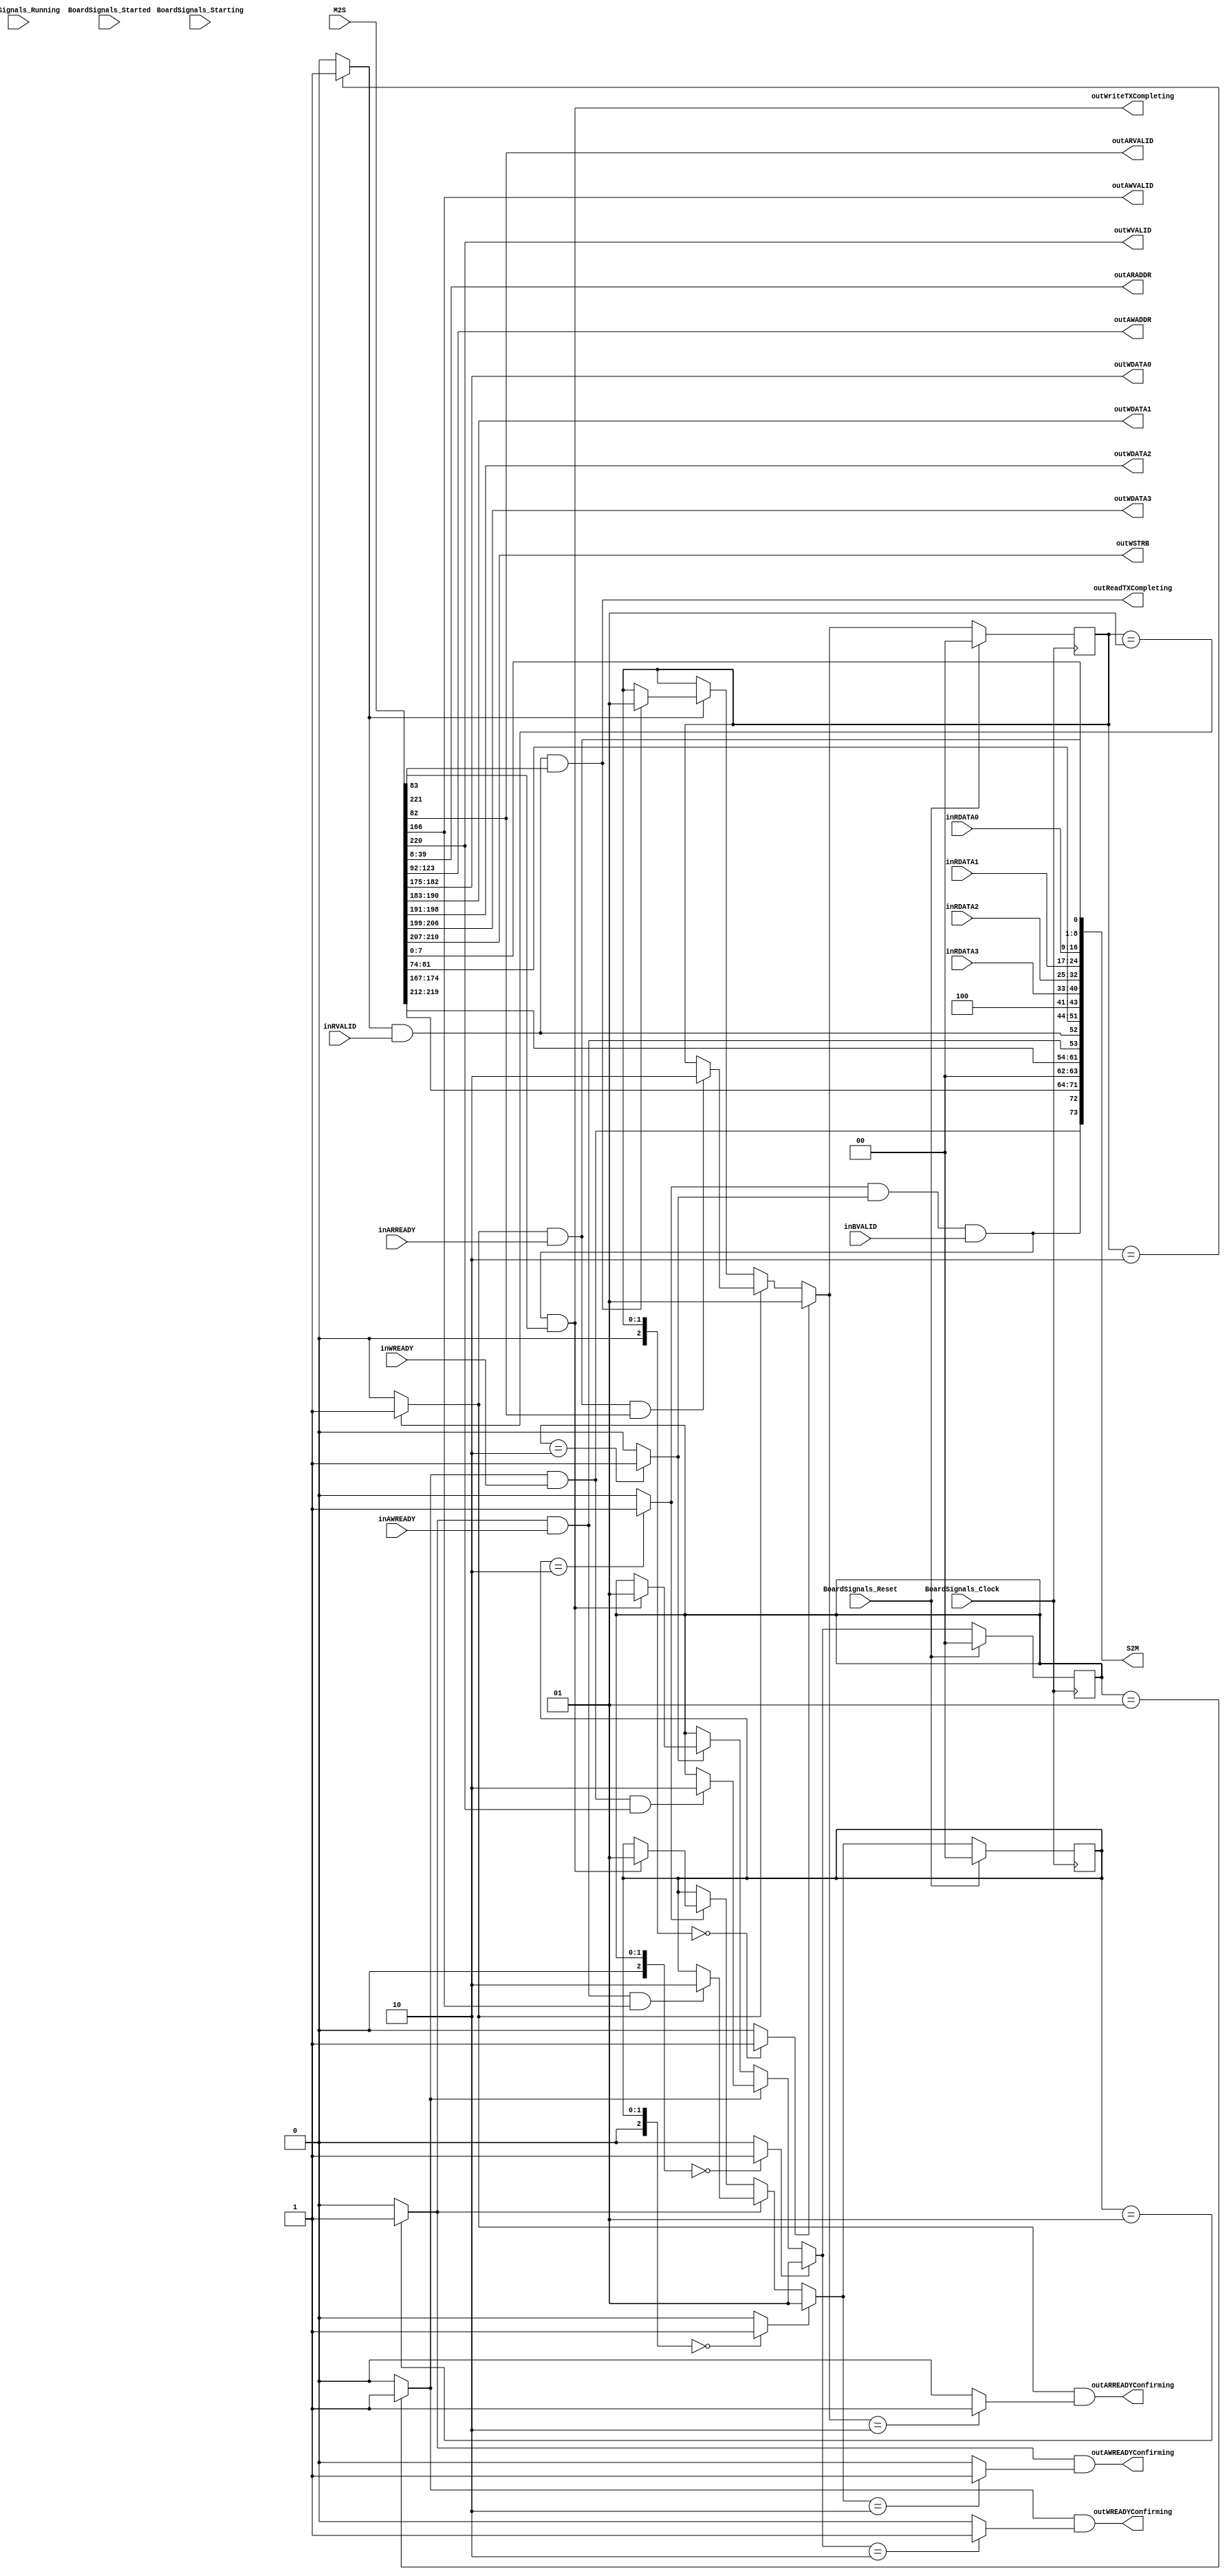
`timescale 1ns/1ps
`default_nettype none
// PLEASE READ THIS, IT MAY SAVE YOU SOME TIME AND MONEY, THANK YOU!
// * This file was generated by Quokka FPGA Toolkit.
// * Generated code is your property, do whatever you want with it
// * Place custom code between [BEGIN USER ***] and [END USER ***].
// * CAUTION: All code outside of [USER] scope is subject to regeneration.
// * Bad things happen sometimes in developer's life,
//   it is recommended to use source control management software (e.g. git, bzr etc) to keep your custom code safe'n'sound.
// * Internal structure of code is subject to change.
//   You can use some of signals in custom code, but most likely they will not exist in future (e.g. will get shorter or gone completely)
// * Please send your feedback, comments, improvement ideas etc. to evmuryshkin@gmail.com
// * Visit https://github.com/EvgenyMuryshkin/QuokkaEvaluation to access latest version of playground
//
// DISCLAIMER:
//   Code comes AS-IS, it is your responsibility to make sure it is working as expected
//   no responsibility will be taken for any loss or damage caused by use of Quokka toolkit.
//
// System configuration name is AXISoCQuadCoreModule_TopLevel_cpu1AutoDecrementRegister_axiSlave, clock frequency is 1Hz, Embedded
// FSM summary
// -- Packages
module AXISoCQuadCoreModule_TopLevel_cpu1AutoDecrementRegister_axiSlave
(
	// [BEGIN USER PORTS]
	// [END USER PORTS]
	input wire BoardSignals_Clock,
	input wire BoardSignals_Reset,
	input wire BoardSignals_Running,
	input wire BoardSignals_Starting,
	input wire BoardSignals_Started,
	input wire inARREADY,
	input wire inAWREADY,
	input wire inBVALID,
	input wire [7:0] inRDATA0,
	input wire [7:0] inRDATA1,
	input wire [7:0] inRDATA2,
	input wire [7:0] inRDATA3,
	input wire inRVALID,
	input wire inWREADY,
	input wire [221:0] M2S,
	output wire [31:0] outARADDR,
	output wire outARREADYConfirming,
	output wire outARVALID,
	output wire [31:0] outAWADDR,
	output wire outAWREADYConfirming,
	output wire outAWVALID,
	output wire outReadTXCompleting,
	output wire [7:0] outWDATA0,
	output wire [7:0] outWDATA1,
	output wire [7:0] outWDATA2,
	output wire [7:0] outWDATA3,
	output wire outWREADYConfirming,
	output wire outWriteTXCompleting,
	output wire [3:0] outWSTRB,
	output wire outWVALID,
	output wire [73:0] S2M
);
	// [BEGIN USER SIGNALS]
	// [END USER SIGNALS]
	localparam HiSignal = 1'b1;
	localparam LoSignal = 1'b0;
	wire Zero = 1'b0;
	wire One = 1'b1;
	wire true = 1'b1;
	wire false = 1'b0;
	wire [1: 0] size = 2'b10;
	wire [1: 0] AXI4NonBufferedSlaveModule_L86F50T70_Expr = 2'b01;
	wire [1: 0] AXI4NonBufferedSlaveModule_L90F53T74_Expr = 2'b01;
	wire [1: 0] AXI4NonBufferedSlaveModule_L92F52T72_Expr = 2'b10;
	wire [1: 0] AXI4NonBufferedSlaveModule_L92F95T115_Expr = 2'b10;
	wire [1: 0] AXI4NonBufferedSlaveModule_L87F49T68_Expr = 2'b10;
	wire [1: 0] AXI4NonBufferedSlaveModule_L91F51T72_Expr = 2'b01;
	wire [1: 0] AXI4NonBufferedSlaveModule_L114F9L161T10_AXI4NonBufferedSlaveModule_L117F13L130T14_AXI4NonBufferedSlaveModule_L119F22T43_Expr = 2'b00;
	wire [1: 0] AXI4NonBufferedSlaveModule_L114F9L161T10_AXI4NonBufferedSlaveModule_L117F13L130T14_AXI4NonBufferedSlaveModule_L120F41T61_Expr = 2'b01;
	wire [1: 0] AXI4NonBufferedSlaveModule_L114F9L161T10_AXI4NonBufferedSlaveModule_L117F13L130T14_AXI4NonBufferedSlaveModule_L122F22T42_Expr = 2'b01;
	wire [1: 0] AXI4NonBufferedSlaveModule_L114F9L161T10_AXI4NonBufferedSlaveModule_L117F13L130T14_AXI4NonBufferedSlaveModule_L124F45T64_Expr = 2'b10;
	wire [1: 0] AXI4NonBufferedSlaveModule_L114F9L161T10_AXI4NonBufferedSlaveModule_L117F13L130T14_AXI4NonBufferedSlaveModule_L126F22T41_Expr = 2'b10;
	wire [1: 0] AXI4NonBufferedSlaveModule_L114F9L161T10_AXI4NonBufferedSlaveModule_L117F13L130T14_AXI4NonBufferedSlaveModule_L128F45T65_Expr = 2'b01;
	wire [1: 0] AXI4NonBufferedSlaveModule_L114F9L161T10_AXI4NonBufferedSlaveModule_L132F13L145T14_AXI4NonBufferedSlaveModule_L134F22T44_Expr = 2'b00;
	wire [1: 0] AXI4NonBufferedSlaveModule_L114F9L161T10_AXI4NonBufferedSlaveModule_L132F13L145T14_AXI4NonBufferedSlaveModule_L135F44T65_Expr = 2'b01;
	wire [1: 0] AXI4NonBufferedSlaveModule_L114F9L161T10_AXI4NonBufferedSlaveModule_L132F13L145T14_AXI4NonBufferedSlaveModule_L137F22T43_Expr = 2'b01;
	wire [1: 0] AXI4NonBufferedSlaveModule_L114F9L161T10_AXI4NonBufferedSlaveModule_L132F13L145T14_AXI4NonBufferedSlaveModule_L139F48T68_Expr = 2'b10;
	wire [1: 0] AXI4NonBufferedSlaveModule_L114F9L161T10_AXI4NonBufferedSlaveModule_L132F13L145T14_AXI4NonBufferedSlaveModule_L141F22T42_Expr = 2'b10;
	wire [1: 0] AXI4NonBufferedSlaveModule_L114F9L161T10_AXI4NonBufferedSlaveModule_L132F13L145T14_AXI4NonBufferedSlaveModule_L143F48T69_Expr = 2'b01;
	wire [1: 0] AXI4NonBufferedSlaveModule_L114F9L161T10_AXI4NonBufferedSlaveModule_L147F13L160T14_AXI4NonBufferedSlaveModule_L149F22T44_Expr = 2'b00;
	wire [1: 0] AXI4NonBufferedSlaveModule_L114F9L161T10_AXI4NonBufferedSlaveModule_L147F13L160T14_AXI4NonBufferedSlaveModule_L150F43T64_Expr = 2'b01;
	wire [1: 0] AXI4NonBufferedSlaveModule_L114F9L161T10_AXI4NonBufferedSlaveModule_L147F13L160T14_AXI4NonBufferedSlaveModule_L152F22T43_Expr = 2'b01;
	wire [1: 0] AXI4NonBufferedSlaveModule_L114F9L161T10_AXI4NonBufferedSlaveModule_L147F13L160T14_AXI4NonBufferedSlaveModule_L154F47T67_Expr = 2'b10;
	wire [1: 0] AXI4NonBufferedSlaveModule_L114F9L161T10_AXI4NonBufferedSlaveModule_L147F13L160T14_AXI4NonBufferedSlaveModule_L156F22T42_Expr = 2'b10;
	wire [1: 0] AXI4NonBufferedSlaveModule_L114F9L161T10_AXI4NonBufferedSlaveModule_L147F13L160T14_AXI4NonBufferedSlaveModule_L158F47T68_Expr = 2'b01;
	wire [1: 0] AXI4NonBufferedSlaveModule_L99F62T82_Expr = 2'b01;
	wire [1: 0] AXI4NonBufferedSlaveModule_L99F107T126_Expr = 2'b10;
	wire [1: 0] AXI4NonBufferedSlaveModule_L104F65T86_Expr = 2'b01;
	wire [1: 0] AXI4NonBufferedSlaveModule_L104F114T134_Expr = 2'b10;
	wire [1: 0] AXI4NonBufferedSlaveModule_L108F63T84_Expr = 2'b01;
	wire [1: 0] AXI4NonBufferedSlaveModule_L108F111T131_Expr = 2'b10;
	wire [1: 0] AXI4NonBufferedSlaveModule_L59F29T41_Expr = 2'b00;
	wire AXI4_S_R_L26F29T33_Expr = 1'b1;
	wire [1: 0] AXI4NonBufferedSlaveModule_L75F29T41_Expr = 2'b00;
	wire Inputs_inARREADY;
	wire Inputs_inAWREADY;
	wire Inputs_inBVALID;
	wire Inputs_inRVALID;
	wire Inputs_inWREADY;
	wire [7: 0] Inputs_M2S_R_AR_ARID;
	wire [31: 0] Inputs_M2S_R_AR_ARADDR;
	wire [7: 0] Inputs_M2S_R_AR_ARLEN;
	wire [2: 0] Inputs_M2S_R_AR_ARSIZE;
	wire [1: 0] Inputs_M2S_R_AR_ARBURST;
	wire [1: 0] Inputs_M2S_R_AR_ARLOCK;
	wire [3: 0] Inputs_M2S_R_AR_ARCACHE;
	wire [2: 0] Inputs_M2S_R_AR_ARPROT;
	wire [3: 0] Inputs_M2S_R_AR_ARQOS;
	wire [7: 0] Inputs_M2S_R_AR_ARREGION;
	wire [7: 0] Inputs_M2S_R_AR_ARUSER;
	wire Inputs_M2S_R_AR_ARVALID;
	wire Inputs_M2S_R_R_RREADY;
	wire [7: 0] Inputs_M2S_W_AW_AWID;
	wire [31: 0] Inputs_M2S_W_AW_AWADDR;
	wire [7: 0] Inputs_M2S_W_AW_AWLEN;
	wire [2: 0] Inputs_M2S_W_AW_AWSIZE;
	wire [1: 0] Inputs_M2S_W_AW_AWBURST;
	wire [1: 0] Inputs_M2S_W_AW_AWLOCK;
	wire [3: 0] Inputs_M2S_W_AW_AWCACHE;
	wire [2: 0] Inputs_M2S_W_AW_AWPROT;
	wire [3: 0] Inputs_M2S_W_AW_AWQOS;
	wire [7: 0] Inputs_M2S_W_AW_AWREGION;
	wire [7: 0] Inputs_M2S_W_AW_AWUSER;
	wire Inputs_M2S_W_AW_AWVALID;
	wire [7: 0] Inputs_M2S_W_W_WID;
	wire [3: 0] Inputs_M2S_W_W_WSTRB;
	wire Inputs_M2S_W_W_WLAST;
	wire [7: 0] Inputs_M2S_W_W_WUSER;
	wire Inputs_M2S_W_W_WVALID;
	wire Inputs_M2S_W_B_BREADY;
	reg [1: 0] NextState_readFSM;
	reg [1: 0] NextState_writeAWFSM;
	reg [1: 0] NextState_writeWFSM;
	wire internalARREADY;
	wire internalAWREADY;
	wire internalBVALID;
	wire internalRVALID;
	wire internalWREADY;
	wire readTXCompleting;
	wire writeTXCompleting;
	reg [1: 0] State_readFSM = 2'b00;
	wire [1: 0] State_readFSMDefault = 2'b00;
	reg [1: 0] State_writeAWFSM = 2'b00;
	wire [1: 0] State_writeAWFSMDefault = 2'b00;
	reg [1: 0] State_writeWFSM = 2'b00;
	wire [1: 0] State_writeWFSMDefault = 2'b00;
	wire AXI4NonBufferedSlaveModule_L86F33T90_Expr;
	wire AXI4NonBufferedSlaveModule_L86F33T90_Expr_1;
	wire AXI4NonBufferedSlaveModule_L86F33T90_Expr_2;
	wire AXI4NonBufferedSlaveModule_L90F33T94_Expr;
	wire AXI4NonBufferedSlaveModule_L90F33T94_Expr_1;
	wire AXI4NonBufferedSlaveModule_L90F33T94_Expr_2;
	wire AXI4NonBufferedSlaveModule_L92F32T134_Expr;
	wire AXI4NonBufferedSlaveModule_L92F32T134_Expr_1;
	wire AXI4NonBufferedSlaveModule_L92F32T134_Expr_2;
	wire AXI4NonBufferedSlaveModule_L92F32T115_Expr;
	wire AXI4NonBufferedSlaveModule_L92F32T115_Expr_1;
	wire AXI4NonBufferedSlaveModule_L92F32T115_Expr_2;
	wire AXI4NonBufferedSlaveModule_L87F32T87_Expr;
	wire AXI4NonBufferedSlaveModule_L87F32T87_Expr_1;
	wire AXI4NonBufferedSlaveModule_L87F32T87_Expr_2;
	wire AXI4NonBufferedSlaveModule_L91F32T91_Expr;
	wire AXI4NonBufferedSlaveModule_L91F32T91_Expr_1;
	wire AXI4NonBufferedSlaveModule_L91F32T91_Expr_2;
	wire AXI4NonBufferedSlaveModule_L83F34T73_Expr;
	wire AXI4NonBufferedSlaveModule_L83F34T73_Expr_1;
	wire AXI4NonBufferedSlaveModule_L83F34T73_Expr_2;
	wire AXI4NonBufferedSlaveModule_L84F35T74_Expr;
	wire AXI4NonBufferedSlaveModule_L84F35T74_Expr_1;
	wire AXI4NonBufferedSlaveModule_L84F35T74_Expr_2;
	wire AXI4NonBufferedSlaveModule_L114F9L161T10_AXI4NonBufferedSlaveModule_L117F13L130T14_AXI4NonBufferedSlaveModule_L123F25T67_Expr;
	wire AXI4NonBufferedSlaveModule_L114F9L161T10_AXI4NonBufferedSlaveModule_L117F13L130T14_AXI4NonBufferedSlaveModule_L123F25T67_Expr_1;
	wire AXI4NonBufferedSlaveModule_L114F9L161T10_AXI4NonBufferedSlaveModule_L117F13L130T14_AXI4NonBufferedSlaveModule_L123F25T67_Expr_2;
	wire AXI4NonBufferedSlaveModule_L114F9L161T10_AXI4NonBufferedSlaveModule_L132F13L145T14_AXI4NonBufferedSlaveModule_L138F25T67_Expr;
	wire AXI4NonBufferedSlaveModule_L114F9L161T10_AXI4NonBufferedSlaveModule_L132F13L145T14_AXI4NonBufferedSlaveModule_L138F25T67_Expr_1;
	wire AXI4NonBufferedSlaveModule_L114F9L161T10_AXI4NonBufferedSlaveModule_L132F13L145T14_AXI4NonBufferedSlaveModule_L138F25T67_Expr_2;
	wire AXI4NonBufferedSlaveModule_L114F9L161T10_AXI4NonBufferedSlaveModule_L147F13L160T14_AXI4NonBufferedSlaveModule_L153F25T64_Expr;
	wire AXI4NonBufferedSlaveModule_L114F9L161T10_AXI4NonBufferedSlaveModule_L147F13L160T14_AXI4NonBufferedSlaveModule_L153F25T64_Expr_1;
	wire AXI4NonBufferedSlaveModule_L114F9L161T10_AXI4NonBufferedSlaveModule_L147F13L160T14_AXI4NonBufferedSlaveModule_L153F25T64_Expr_2;
	wire AXI4NonBufferedSlaveModule_L99F45T126_Expr;
	wire AXI4NonBufferedSlaveModule_L99F45T126_Expr_1;
	wire AXI4NonBufferedSlaveModule_L99F45T126_Expr_2;
	wire AXI4NonBufferedSlaveModule_L104F45T134_Expr;
	wire AXI4NonBufferedSlaveModule_L104F45T134_Expr_1;
	wire AXI4NonBufferedSlaveModule_L104F45T134_Expr_2;
	wire AXI4NonBufferedSlaveModule_L108F44T131_Expr;
	wire AXI4NonBufferedSlaveModule_L108F44T131_Expr_1;
	wire AXI4NonBufferedSlaveModule_L108F44T131_Expr_2;
	wire AXI4NonBufferedSlaveModule_L86F33T70_Expr;
	wire signed [2: 0] AXI4NonBufferedSlaveModule_L86F33T70_ExprLhs;
	wire signed [2: 0] AXI4NonBufferedSlaveModule_L86F33T70_ExprRhs;
	wire AXI4NonBufferedSlaveModule_L90F33T74_Expr;
	wire signed [2: 0] AXI4NonBufferedSlaveModule_L90F33T74_ExprLhs;
	wire signed [2: 0] AXI4NonBufferedSlaveModule_L90F33T74_ExprRhs;
	wire AXI4NonBufferedSlaveModule_L92F32T72_Expr;
	wire signed [2: 0] AXI4NonBufferedSlaveModule_L92F32T72_ExprLhs;
	wire signed [2: 0] AXI4NonBufferedSlaveModule_L92F32T72_ExprRhs;
	wire AXI4NonBufferedSlaveModule_L92F76T115_Expr;
	wire signed [2: 0] AXI4NonBufferedSlaveModule_L92F76T115_ExprLhs;
	wire signed [2: 0] AXI4NonBufferedSlaveModule_L92F76T115_ExprRhs;
	wire AXI4NonBufferedSlaveModule_L87F32T68_Expr;
	wire signed [2: 0] AXI4NonBufferedSlaveModule_L87F32T68_ExprLhs;
	wire signed [2: 0] AXI4NonBufferedSlaveModule_L87F32T68_ExprRhs;
	wire AXI4NonBufferedSlaveModule_L91F32T72_Expr;
	wire signed [2: 0] AXI4NonBufferedSlaveModule_L91F32T72_ExprLhs;
	wire signed [2: 0] AXI4NonBufferedSlaveModule_L91F32T72_ExprRhs;
	wire AXI4NonBufferedSlaveModule_L114F9L161T10_AXI4NonBufferedSlaveModule_L117F13L130T14_AXI4NonBufferedSlaveModule_L119F17L121T27_Case;
	wire signed [2: 0] AXI4NonBufferedSlaveModule_L114F9L161T10_AXI4NonBufferedSlaveModule_L117F13L130T14_AXI4NonBufferedSlaveModule_L119F17L121T27_CaseLhs;
	wire signed [2: 0] AXI4NonBufferedSlaveModule_L114F9L161T10_AXI4NonBufferedSlaveModule_L117F13L130T14_AXI4NonBufferedSlaveModule_L119F17L121T27_CaseRhs;
	wire AXI4NonBufferedSlaveModule_L114F9L161T10_AXI4NonBufferedSlaveModule_L117F13L130T14_AXI4NonBufferedSlaveModule_L122F17L125T27_Case;
	wire signed [2: 0] AXI4NonBufferedSlaveModule_L114F9L161T10_AXI4NonBufferedSlaveModule_L117F13L130T14_AXI4NonBufferedSlaveModule_L122F17L125T27_CaseLhs;
	wire signed [2: 0] AXI4NonBufferedSlaveModule_L114F9L161T10_AXI4NonBufferedSlaveModule_L117F13L130T14_AXI4NonBufferedSlaveModule_L122F17L125T27_CaseRhs;
	wire AXI4NonBufferedSlaveModule_L114F9L161T10_AXI4NonBufferedSlaveModule_L117F13L130T14_AXI4NonBufferedSlaveModule_L126F17L129T27_Case;
	wire signed [2: 0] AXI4NonBufferedSlaveModule_L114F9L161T10_AXI4NonBufferedSlaveModule_L117F13L130T14_AXI4NonBufferedSlaveModule_L126F17L129T27_CaseLhs;
	wire signed [2: 0] AXI4NonBufferedSlaveModule_L114F9L161T10_AXI4NonBufferedSlaveModule_L117F13L130T14_AXI4NonBufferedSlaveModule_L126F17L129T27_CaseRhs;
	wire AXI4NonBufferedSlaveModule_L114F9L161T10_AXI4NonBufferedSlaveModule_L132F13L145T14_AXI4NonBufferedSlaveModule_L134F17L136T27_Case;
	wire signed [2: 0] AXI4NonBufferedSlaveModule_L114F9L161T10_AXI4NonBufferedSlaveModule_L132F13L145T14_AXI4NonBufferedSlaveModule_L134F17L136T27_CaseLhs;
	wire signed [2: 0] AXI4NonBufferedSlaveModule_L114F9L161T10_AXI4NonBufferedSlaveModule_L132F13L145T14_AXI4NonBufferedSlaveModule_L134F17L136T27_CaseRhs;
	wire AXI4NonBufferedSlaveModule_L114F9L161T10_AXI4NonBufferedSlaveModule_L132F13L145T14_AXI4NonBufferedSlaveModule_L137F17L140T27_Case;
	wire signed [2: 0] AXI4NonBufferedSlaveModule_L114F9L161T10_AXI4NonBufferedSlaveModule_L132F13L145T14_AXI4NonBufferedSlaveModule_L137F17L140T27_CaseLhs;
	wire signed [2: 0] AXI4NonBufferedSlaveModule_L114F9L161T10_AXI4NonBufferedSlaveModule_L132F13L145T14_AXI4NonBufferedSlaveModule_L137F17L140T27_CaseRhs;
	wire AXI4NonBufferedSlaveModule_L114F9L161T10_AXI4NonBufferedSlaveModule_L132F13L145T14_AXI4NonBufferedSlaveModule_L141F17L144T27_Case;
	wire signed [2: 0] AXI4NonBufferedSlaveModule_L114F9L161T10_AXI4NonBufferedSlaveModule_L132F13L145T14_AXI4NonBufferedSlaveModule_L141F17L144T27_CaseLhs;
	wire signed [2: 0] AXI4NonBufferedSlaveModule_L114F9L161T10_AXI4NonBufferedSlaveModule_L132F13L145T14_AXI4NonBufferedSlaveModule_L141F17L144T27_CaseRhs;
	wire AXI4NonBufferedSlaveModule_L114F9L161T10_AXI4NonBufferedSlaveModule_L147F13L160T14_AXI4NonBufferedSlaveModule_L149F17L151T27_Case;
	wire signed [2: 0] AXI4NonBufferedSlaveModule_L114F9L161T10_AXI4NonBufferedSlaveModule_L147F13L160T14_AXI4NonBufferedSlaveModule_L149F17L151T27_CaseLhs;
	wire signed [2: 0] AXI4NonBufferedSlaveModule_L114F9L161T10_AXI4NonBufferedSlaveModule_L147F13L160T14_AXI4NonBufferedSlaveModule_L149F17L151T27_CaseRhs;
	wire AXI4NonBufferedSlaveModule_L114F9L161T10_AXI4NonBufferedSlaveModule_L147F13L160T14_AXI4NonBufferedSlaveModule_L152F17L155T27_Case;
	wire signed [2: 0] AXI4NonBufferedSlaveModule_L114F9L161T10_AXI4NonBufferedSlaveModule_L147F13L160T14_AXI4NonBufferedSlaveModule_L152F17L155T27_CaseLhs;
	wire signed [2: 0] AXI4NonBufferedSlaveModule_L114F9L161T10_AXI4NonBufferedSlaveModule_L147F13L160T14_AXI4NonBufferedSlaveModule_L152F17L155T27_CaseRhs;
	wire AXI4NonBufferedSlaveModule_L114F9L161T10_AXI4NonBufferedSlaveModule_L147F13L160T14_AXI4NonBufferedSlaveModule_L156F17L159T27_Case;
	wire signed [2: 0] AXI4NonBufferedSlaveModule_L114F9L161T10_AXI4NonBufferedSlaveModule_L147F13L160T14_AXI4NonBufferedSlaveModule_L156F17L159T27_CaseLhs;
	wire signed [2: 0] AXI4NonBufferedSlaveModule_L114F9L161T10_AXI4NonBufferedSlaveModule_L147F13L160T14_AXI4NonBufferedSlaveModule_L156F17L159T27_CaseRhs;
	wire AXI4NonBufferedSlaveModule_L99F45T82_Expr;
	wire signed [2: 0] AXI4NonBufferedSlaveModule_L99F45T82_ExprLhs;
	wire signed [2: 0] AXI4NonBufferedSlaveModule_L99F45T82_ExprRhs;
	wire AXI4NonBufferedSlaveModule_L99F86T126_Expr;
	wire signed [2: 0] AXI4NonBufferedSlaveModule_L99F86T126_ExprLhs;
	wire signed [2: 0] AXI4NonBufferedSlaveModule_L99F86T126_ExprRhs;
	wire AXI4NonBufferedSlaveModule_L104F45T86_Expr;
	wire signed [2: 0] AXI4NonBufferedSlaveModule_L104F45T86_ExprLhs;
	wire signed [2: 0] AXI4NonBufferedSlaveModule_L104F45T86_ExprRhs;
	wire AXI4NonBufferedSlaveModule_L104F90T134_Expr;
	wire signed [2: 0] AXI4NonBufferedSlaveModule_L104F90T134_ExprLhs;
	wire signed [2: 0] AXI4NonBufferedSlaveModule_L104F90T134_ExprRhs;
	wire AXI4NonBufferedSlaveModule_L108F44T84_Expr;
	wire signed [2: 0] AXI4NonBufferedSlaveModule_L108F44T84_ExprLhs;
	wire signed [2: 0] AXI4NonBufferedSlaveModule_L108F44T84_ExprRhs;
	wire AXI4NonBufferedSlaveModule_L108F88T131_Expr;
	wire signed [2: 0] AXI4NonBufferedSlaveModule_L108F88T131_ExprLhs;
	wire signed [2: 0] AXI4NonBufferedSlaveModule_L108F88T131_ExprRhs;
	wire [7 : 0] Inputs_inRDATA [0 : 3];
	wire [7 : 0] Inputs_M2S_W_W_WDATA [0 : 3];
	always @ (posedge BoardSignals_Clock)
	begin
		if ((BoardSignals_Reset == 1))
		begin
			State_readFSM <= State_readFSMDefault;
			State_writeAWFSM <= State_writeAWFSMDefault;
			State_writeWFSM <= State_writeWFSMDefault;
		end
		else
		begin
			State_readFSM <= NextState_readFSM;
			State_writeAWFSM <= NextState_writeAWFSM;
			State_writeWFSM <= NextState_writeWFSM;
		end
	end
	assign AXI4NonBufferedSlaveModule_L86F33T70_Expr = AXI4NonBufferedSlaveModule_L86F33T70_ExprLhs == AXI4NonBufferedSlaveModule_L86F33T70_ExprRhs ? 1'b1 : 1'b0;
	assign AXI4NonBufferedSlaveModule_L90F33T74_Expr = AXI4NonBufferedSlaveModule_L90F33T74_ExprLhs == AXI4NonBufferedSlaveModule_L90F33T74_ExprRhs ? 1'b1 : 1'b0;
	assign AXI4NonBufferedSlaveModule_L92F32T72_Expr = AXI4NonBufferedSlaveModule_L92F32T72_ExprLhs == AXI4NonBufferedSlaveModule_L92F32T72_ExprRhs ? 1'b1 : 1'b0;
	assign AXI4NonBufferedSlaveModule_L92F76T115_Expr = AXI4NonBufferedSlaveModule_L92F76T115_ExprLhs == AXI4NonBufferedSlaveModule_L92F76T115_ExprRhs ? 1'b1 : 1'b0;
	assign AXI4NonBufferedSlaveModule_L87F32T68_Expr = AXI4NonBufferedSlaveModule_L87F32T68_ExprLhs == AXI4NonBufferedSlaveModule_L87F32T68_ExprRhs ? 1'b1 : 1'b0;
	assign AXI4NonBufferedSlaveModule_L91F32T72_Expr = AXI4NonBufferedSlaveModule_L91F32T72_ExprLhs == AXI4NonBufferedSlaveModule_L91F32T72_ExprRhs ? 1'b1 : 1'b0;
	assign AXI4NonBufferedSlaveModule_L114F9L161T10_AXI4NonBufferedSlaveModule_L117F13L130T14_AXI4NonBufferedSlaveModule_L119F17L121T27_Case = AXI4NonBufferedSlaveModule_L114F9L161T10_AXI4NonBufferedSlaveModule_L117F13L130T14_AXI4NonBufferedSlaveModule_L119F17L121T27_CaseLhs == AXI4NonBufferedSlaveModule_L114F9L161T10_AXI4NonBufferedSlaveModule_L117F13L130T14_AXI4NonBufferedSlaveModule_L119F17L121T27_CaseRhs ? 1'b1 : 1'b0;
	assign AXI4NonBufferedSlaveModule_L114F9L161T10_AXI4NonBufferedSlaveModule_L117F13L130T14_AXI4NonBufferedSlaveModule_L122F17L125T27_Case = AXI4NonBufferedSlaveModule_L114F9L161T10_AXI4NonBufferedSlaveModule_L117F13L130T14_AXI4NonBufferedSlaveModule_L122F17L125T27_CaseLhs == AXI4NonBufferedSlaveModule_L114F9L161T10_AXI4NonBufferedSlaveModule_L117F13L130T14_AXI4NonBufferedSlaveModule_L122F17L125T27_CaseRhs ? 1'b1 : 1'b0;
	assign AXI4NonBufferedSlaveModule_L114F9L161T10_AXI4NonBufferedSlaveModule_L117F13L130T14_AXI4NonBufferedSlaveModule_L126F17L129T27_Case = AXI4NonBufferedSlaveModule_L114F9L161T10_AXI4NonBufferedSlaveModule_L117F13L130T14_AXI4NonBufferedSlaveModule_L126F17L129T27_CaseLhs == AXI4NonBufferedSlaveModule_L114F9L161T10_AXI4NonBufferedSlaveModule_L117F13L130T14_AXI4NonBufferedSlaveModule_L126F17L129T27_CaseRhs ? 1'b1 : 1'b0;
	assign AXI4NonBufferedSlaveModule_L114F9L161T10_AXI4NonBufferedSlaveModule_L132F13L145T14_AXI4NonBufferedSlaveModule_L134F17L136T27_Case = AXI4NonBufferedSlaveModule_L114F9L161T10_AXI4NonBufferedSlaveModule_L132F13L145T14_AXI4NonBufferedSlaveModule_L134F17L136T27_CaseLhs == AXI4NonBufferedSlaveModule_L114F9L161T10_AXI4NonBufferedSlaveModule_L132F13L145T14_AXI4NonBufferedSlaveModule_L134F17L136T27_CaseRhs ? 1'b1 : 1'b0;
	assign AXI4NonBufferedSlaveModule_L114F9L161T10_AXI4NonBufferedSlaveModule_L132F13L145T14_AXI4NonBufferedSlaveModule_L137F17L140T27_Case = AXI4NonBufferedSlaveModule_L114F9L161T10_AXI4NonBufferedSlaveModule_L132F13L145T14_AXI4NonBufferedSlaveModule_L137F17L140T27_CaseLhs == AXI4NonBufferedSlaveModule_L114F9L161T10_AXI4NonBufferedSlaveModule_L132F13L145T14_AXI4NonBufferedSlaveModule_L137F17L140T27_CaseRhs ? 1'b1 : 1'b0;
	assign AXI4NonBufferedSlaveModule_L114F9L161T10_AXI4NonBufferedSlaveModule_L132F13L145T14_AXI4NonBufferedSlaveModule_L141F17L144T27_Case = AXI4NonBufferedSlaveModule_L114F9L161T10_AXI4NonBufferedSlaveModule_L132F13L145T14_AXI4NonBufferedSlaveModule_L141F17L144T27_CaseLhs == AXI4NonBufferedSlaveModule_L114F9L161T10_AXI4NonBufferedSlaveModule_L132F13L145T14_AXI4NonBufferedSlaveModule_L141F17L144T27_CaseRhs ? 1'b1 : 1'b0;
	assign AXI4NonBufferedSlaveModule_L114F9L161T10_AXI4NonBufferedSlaveModule_L147F13L160T14_AXI4NonBufferedSlaveModule_L149F17L151T27_Case = AXI4NonBufferedSlaveModule_L114F9L161T10_AXI4NonBufferedSlaveModule_L147F13L160T14_AXI4NonBufferedSlaveModule_L149F17L151T27_CaseLhs == AXI4NonBufferedSlaveModule_L114F9L161T10_AXI4NonBufferedSlaveModule_L147F13L160T14_AXI4NonBufferedSlaveModule_L149F17L151T27_CaseRhs ? 1'b1 : 1'b0;
	assign AXI4NonBufferedSlaveModule_L114F9L161T10_AXI4NonBufferedSlaveModule_L147F13L160T14_AXI4NonBufferedSlaveModule_L152F17L155T27_Case = AXI4NonBufferedSlaveModule_L114F9L161T10_AXI4NonBufferedSlaveModule_L147F13L160T14_AXI4NonBufferedSlaveModule_L152F17L155T27_CaseLhs == AXI4NonBufferedSlaveModule_L114F9L161T10_AXI4NonBufferedSlaveModule_L147F13L160T14_AXI4NonBufferedSlaveModule_L152F17L155T27_CaseRhs ? 1'b1 : 1'b0;
	assign AXI4NonBufferedSlaveModule_L114F9L161T10_AXI4NonBufferedSlaveModule_L147F13L160T14_AXI4NonBufferedSlaveModule_L156F17L159T27_Case = AXI4NonBufferedSlaveModule_L114F9L161T10_AXI4NonBufferedSlaveModule_L147F13L160T14_AXI4NonBufferedSlaveModule_L156F17L159T27_CaseLhs == AXI4NonBufferedSlaveModule_L114F9L161T10_AXI4NonBufferedSlaveModule_L147F13L160T14_AXI4NonBufferedSlaveModule_L156F17L159T27_CaseRhs ? 1'b1 : 1'b0;
	assign AXI4NonBufferedSlaveModule_L99F45T82_Expr = AXI4NonBufferedSlaveModule_L99F45T82_ExprLhs == AXI4NonBufferedSlaveModule_L99F45T82_ExprRhs ? 1'b1 : 1'b0;
	assign AXI4NonBufferedSlaveModule_L99F86T126_Expr = AXI4NonBufferedSlaveModule_L99F86T126_ExprLhs == AXI4NonBufferedSlaveModule_L99F86T126_ExprRhs ? 1'b1 : 1'b0;
	assign AXI4NonBufferedSlaveModule_L104F45T86_Expr = AXI4NonBufferedSlaveModule_L104F45T86_ExprLhs == AXI4NonBufferedSlaveModule_L104F45T86_ExprRhs ? 1'b1 : 1'b0;
	assign AXI4NonBufferedSlaveModule_L104F90T134_Expr = AXI4NonBufferedSlaveModule_L104F90T134_ExprLhs == AXI4NonBufferedSlaveModule_L104F90T134_ExprRhs ? 1'b1 : 1'b0;
	assign AXI4NonBufferedSlaveModule_L108F44T84_Expr = AXI4NonBufferedSlaveModule_L108F44T84_ExprLhs == AXI4NonBufferedSlaveModule_L108F44T84_ExprRhs ? 1'b1 : 1'b0;
	assign AXI4NonBufferedSlaveModule_L108F88T131_Expr = AXI4NonBufferedSlaveModule_L108F88T131_ExprLhs == AXI4NonBufferedSlaveModule_L108F88T131_ExprRhs ? 1'b1 : 1'b0;
	assign AXI4NonBufferedSlaveModule_L86F33T90_Expr = AXI4NonBufferedSlaveModule_L86F33T90_Expr_1 & AXI4NonBufferedSlaveModule_L86F33T90_Expr_2;
	assign AXI4NonBufferedSlaveModule_L90F33T94_Expr = AXI4NonBufferedSlaveModule_L90F33T94_Expr_1 & AXI4NonBufferedSlaveModule_L90F33T94_Expr_2;
	assign AXI4NonBufferedSlaveModule_L92F32T134_Expr = AXI4NonBufferedSlaveModule_L92F32T134_Expr_1 & AXI4NonBufferedSlaveModule_L92F32T134_Expr_2;
	assign AXI4NonBufferedSlaveModule_L92F32T115_Expr = AXI4NonBufferedSlaveModule_L92F32T115_Expr_1 & AXI4NonBufferedSlaveModule_L92F32T115_Expr_2;
	assign AXI4NonBufferedSlaveModule_L87F32T87_Expr = AXI4NonBufferedSlaveModule_L87F32T87_Expr_1 & AXI4NonBufferedSlaveModule_L87F32T87_Expr_2;
	assign AXI4NonBufferedSlaveModule_L91F32T91_Expr = AXI4NonBufferedSlaveModule_L91F32T91_Expr_1 & AXI4NonBufferedSlaveModule_L91F32T91_Expr_2;
	assign AXI4NonBufferedSlaveModule_L83F34T73_Expr = AXI4NonBufferedSlaveModule_L83F34T73_Expr_1 & AXI4NonBufferedSlaveModule_L83F34T73_Expr_2;
	assign AXI4NonBufferedSlaveModule_L84F35T74_Expr = AXI4NonBufferedSlaveModule_L84F35T74_Expr_1 & AXI4NonBufferedSlaveModule_L84F35T74_Expr_2;
	assign AXI4NonBufferedSlaveModule_L114F9L161T10_AXI4NonBufferedSlaveModule_L117F13L130T14_AXI4NonBufferedSlaveModule_L123F25T67_Expr = AXI4NonBufferedSlaveModule_L114F9L161T10_AXI4NonBufferedSlaveModule_L117F13L130T14_AXI4NonBufferedSlaveModule_L123F25T67_Expr_1 & AXI4NonBufferedSlaveModule_L114F9L161T10_AXI4NonBufferedSlaveModule_L117F13L130T14_AXI4NonBufferedSlaveModule_L123F25T67_Expr_2;
	assign AXI4NonBufferedSlaveModule_L114F9L161T10_AXI4NonBufferedSlaveModule_L132F13L145T14_AXI4NonBufferedSlaveModule_L138F25T67_Expr = AXI4NonBufferedSlaveModule_L114F9L161T10_AXI4NonBufferedSlaveModule_L132F13L145T14_AXI4NonBufferedSlaveModule_L138F25T67_Expr_1 & AXI4NonBufferedSlaveModule_L114F9L161T10_AXI4NonBufferedSlaveModule_L132F13L145T14_AXI4NonBufferedSlaveModule_L138F25T67_Expr_2;
	assign AXI4NonBufferedSlaveModule_L114F9L161T10_AXI4NonBufferedSlaveModule_L147F13L160T14_AXI4NonBufferedSlaveModule_L153F25T64_Expr = AXI4NonBufferedSlaveModule_L114F9L161T10_AXI4NonBufferedSlaveModule_L147F13L160T14_AXI4NonBufferedSlaveModule_L153F25T64_Expr_1 & AXI4NonBufferedSlaveModule_L114F9L161T10_AXI4NonBufferedSlaveModule_L147F13L160T14_AXI4NonBufferedSlaveModule_L153F25T64_Expr_2;
	assign AXI4NonBufferedSlaveModule_L99F45T126_Expr = AXI4NonBufferedSlaveModule_L99F45T126_Expr_1 & AXI4NonBufferedSlaveModule_L99F45T126_Expr_2;
	assign AXI4NonBufferedSlaveModule_L104F45T134_Expr = AXI4NonBufferedSlaveModule_L104F45T134_Expr_1 & AXI4NonBufferedSlaveModule_L104F45T134_Expr_2;
	assign AXI4NonBufferedSlaveModule_L108F44T131_Expr = AXI4NonBufferedSlaveModule_L108F44T131_Expr_1 & AXI4NonBufferedSlaveModule_L108F44T131_Expr_2;
	always @ (*)
	begin
		NextState_readFSM = State_readFSM;
		NextState_writeAWFSM = State_writeAWFSM;
		NextState_writeWFSM = State_writeWFSM;
		if ((AXI4NonBufferedSlaveModule_L114F9L161T10_AXI4NonBufferedSlaveModule_L117F13L130T14_AXI4NonBufferedSlaveModule_L119F17L121T27_Case == 1))
		begin
			NextState_readFSM = AXI4NonBufferedSlaveModule_L114F9L161T10_AXI4NonBufferedSlaveModule_L117F13L130T14_AXI4NonBufferedSlaveModule_L120F41T61_Expr;
		end
		else if ((AXI4NonBufferedSlaveModule_L114F9L161T10_AXI4NonBufferedSlaveModule_L117F13L130T14_AXI4NonBufferedSlaveModule_L122F17L125T27_Case == 1))
		begin
			if ((AXI4NonBufferedSlaveModule_L114F9L161T10_AXI4NonBufferedSlaveModule_L117F13L130T14_AXI4NonBufferedSlaveModule_L123F25T67_Expr == 1))
			begin
				NextState_readFSM = AXI4NonBufferedSlaveModule_L114F9L161T10_AXI4NonBufferedSlaveModule_L117F13L130T14_AXI4NonBufferedSlaveModule_L124F45T64_Expr;
			end
		end
		else if ((AXI4NonBufferedSlaveModule_L114F9L161T10_AXI4NonBufferedSlaveModule_L117F13L130T14_AXI4NonBufferedSlaveModule_L126F17L129T27_Case == 1))
		begin
			if ((readTXCompleting == 1))
			begin
				NextState_readFSM = AXI4NonBufferedSlaveModule_L114F9L161T10_AXI4NonBufferedSlaveModule_L117F13L130T14_AXI4NonBufferedSlaveModule_L128F45T65_Expr;
			end
		end
		if ((AXI4NonBufferedSlaveModule_L114F9L161T10_AXI4NonBufferedSlaveModule_L132F13L145T14_AXI4NonBufferedSlaveModule_L134F17L136T27_Case == 1))
		begin
			NextState_writeAWFSM = AXI4NonBufferedSlaveModule_L114F9L161T10_AXI4NonBufferedSlaveModule_L132F13L145T14_AXI4NonBufferedSlaveModule_L135F44T65_Expr;
		end
		else if ((AXI4NonBufferedSlaveModule_L114F9L161T10_AXI4NonBufferedSlaveModule_L132F13L145T14_AXI4NonBufferedSlaveModule_L137F17L140T27_Case == 1))
		begin
			if ((AXI4NonBufferedSlaveModule_L114F9L161T10_AXI4NonBufferedSlaveModule_L132F13L145T14_AXI4NonBufferedSlaveModule_L138F25T67_Expr == 1))
			begin
				NextState_writeAWFSM = AXI4NonBufferedSlaveModule_L114F9L161T10_AXI4NonBufferedSlaveModule_L132F13L145T14_AXI4NonBufferedSlaveModule_L139F48T68_Expr;
			end
		end
		else if ((AXI4NonBufferedSlaveModule_L114F9L161T10_AXI4NonBufferedSlaveModule_L132F13L145T14_AXI4NonBufferedSlaveModule_L141F17L144T27_Case == 1))
		begin
			if ((writeTXCompleting == 1))
			begin
				NextState_writeAWFSM = AXI4NonBufferedSlaveModule_L114F9L161T10_AXI4NonBufferedSlaveModule_L132F13L145T14_AXI4NonBufferedSlaveModule_L143F48T69_Expr;
			end
		end
		if ((AXI4NonBufferedSlaveModule_L114F9L161T10_AXI4NonBufferedSlaveModule_L147F13L160T14_AXI4NonBufferedSlaveModule_L149F17L151T27_Case == 1))
		begin
			NextState_writeWFSM = AXI4NonBufferedSlaveModule_L114F9L161T10_AXI4NonBufferedSlaveModule_L147F13L160T14_AXI4NonBufferedSlaveModule_L150F43T64_Expr;
		end
		else if ((AXI4NonBufferedSlaveModule_L114F9L161T10_AXI4NonBufferedSlaveModule_L147F13L160T14_AXI4NonBufferedSlaveModule_L152F17L155T27_Case == 1))
		begin
			if ((AXI4NonBufferedSlaveModule_L114F9L161T10_AXI4NonBufferedSlaveModule_L147F13L160T14_AXI4NonBufferedSlaveModule_L153F25T64_Expr == 1))
			begin
				NextState_writeWFSM = AXI4NonBufferedSlaveModule_L114F9L161T10_AXI4NonBufferedSlaveModule_L147F13L160T14_AXI4NonBufferedSlaveModule_L154F47T67_Expr;
			end
		end
		else if ((AXI4NonBufferedSlaveModule_L114F9L161T10_AXI4NonBufferedSlaveModule_L147F13L160T14_AXI4NonBufferedSlaveModule_L156F17L159T27_Case == 1))
		begin
			if ((writeTXCompleting == 1))
			begin
				NextState_writeWFSM = AXI4NonBufferedSlaveModule_L114F9L161T10_AXI4NonBufferedSlaveModule_L147F13L160T14_AXI4NonBufferedSlaveModule_L158F47T68_Expr;
			end
		end
	end
	assign AXI4NonBufferedSlaveModule_L86F33T70_ExprLhs = {
		1'b0,
		State_readFSM
	}
	;
	assign AXI4NonBufferedSlaveModule_L86F33T70_ExprRhs = {
		1'b0,
		AXI4NonBufferedSlaveModule_L86F50T70_Expr
	}
	;
	assign AXI4NonBufferedSlaveModule_L90F33T74_ExprLhs = {
		1'b0,
		State_writeAWFSM
	}
	;
	assign AXI4NonBufferedSlaveModule_L90F33T74_ExprRhs = {
		1'b0,
		AXI4NonBufferedSlaveModule_L90F53T74_Expr
	}
	;
	assign AXI4NonBufferedSlaveModule_L92F32T72_ExprLhs = {
		1'b0,
		State_writeAWFSM
	}
	;
	assign AXI4NonBufferedSlaveModule_L92F32T72_ExprRhs = {
		1'b0,
		AXI4NonBufferedSlaveModule_L92F52T72_Expr
	}
	;
	assign AXI4NonBufferedSlaveModule_L92F76T115_ExprLhs = {
		1'b0,
		State_writeWFSM
	}
	;
	assign AXI4NonBufferedSlaveModule_L92F76T115_ExprRhs = {
		1'b0,
		AXI4NonBufferedSlaveModule_L92F95T115_Expr
	}
	;
	assign AXI4NonBufferedSlaveModule_L87F32T68_ExprLhs = {
		1'b0,
		State_readFSM
	}
	;
	assign AXI4NonBufferedSlaveModule_L87F32T68_ExprRhs = {
		1'b0,
		AXI4NonBufferedSlaveModule_L87F49T68_Expr
	}
	;
	assign AXI4NonBufferedSlaveModule_L91F32T72_ExprLhs = {
		1'b0,
		State_writeWFSM
	}
	;
	assign AXI4NonBufferedSlaveModule_L91F32T72_ExprRhs = {
		1'b0,
		AXI4NonBufferedSlaveModule_L91F51T72_Expr
	}
	;
	assign AXI4NonBufferedSlaveModule_L114F9L161T10_AXI4NonBufferedSlaveModule_L117F13L130T14_AXI4NonBufferedSlaveModule_L119F17L121T27_CaseLhs = {
		1'b0,
		State_readFSM
	}
	;
	assign AXI4NonBufferedSlaveModule_L114F9L161T10_AXI4NonBufferedSlaveModule_L117F13L130T14_AXI4NonBufferedSlaveModule_L119F17L121T27_CaseRhs = {
		1'b0,
		AXI4NonBufferedSlaveModule_L114F9L161T10_AXI4NonBufferedSlaveModule_L117F13L130T14_AXI4NonBufferedSlaveModule_L119F22T43_Expr
	}
	;
	assign AXI4NonBufferedSlaveModule_L114F9L161T10_AXI4NonBufferedSlaveModule_L117F13L130T14_AXI4NonBufferedSlaveModule_L122F17L125T27_CaseLhs = {
		1'b0,
		State_readFSM
	}
	;
	assign AXI4NonBufferedSlaveModule_L114F9L161T10_AXI4NonBufferedSlaveModule_L117F13L130T14_AXI4NonBufferedSlaveModule_L122F17L125T27_CaseRhs = {
		1'b0,
		AXI4NonBufferedSlaveModule_L114F9L161T10_AXI4NonBufferedSlaveModule_L117F13L130T14_AXI4NonBufferedSlaveModule_L122F22T42_Expr
	}
	;
	assign AXI4NonBufferedSlaveModule_L114F9L161T10_AXI4NonBufferedSlaveModule_L117F13L130T14_AXI4NonBufferedSlaveModule_L126F17L129T27_CaseLhs = {
		1'b0,
		State_readFSM
	}
	;
	assign AXI4NonBufferedSlaveModule_L114F9L161T10_AXI4NonBufferedSlaveModule_L117F13L130T14_AXI4NonBufferedSlaveModule_L126F17L129T27_CaseRhs = {
		1'b0,
		AXI4NonBufferedSlaveModule_L114F9L161T10_AXI4NonBufferedSlaveModule_L117F13L130T14_AXI4NonBufferedSlaveModule_L126F22T41_Expr
	}
	;
	assign AXI4NonBufferedSlaveModule_L114F9L161T10_AXI4NonBufferedSlaveModule_L132F13L145T14_AXI4NonBufferedSlaveModule_L134F17L136T27_CaseLhs = {
		1'b0,
		State_writeAWFSM
	}
	;
	assign AXI4NonBufferedSlaveModule_L114F9L161T10_AXI4NonBufferedSlaveModule_L132F13L145T14_AXI4NonBufferedSlaveModule_L134F17L136T27_CaseRhs = {
		1'b0,
		AXI4NonBufferedSlaveModule_L114F9L161T10_AXI4NonBufferedSlaveModule_L132F13L145T14_AXI4NonBufferedSlaveModule_L134F22T44_Expr
	}
	;
	assign AXI4NonBufferedSlaveModule_L114F9L161T10_AXI4NonBufferedSlaveModule_L132F13L145T14_AXI4NonBufferedSlaveModule_L137F17L140T27_CaseLhs = {
		1'b0,
		State_writeAWFSM
	}
	;
	assign AXI4NonBufferedSlaveModule_L114F9L161T10_AXI4NonBufferedSlaveModule_L132F13L145T14_AXI4NonBufferedSlaveModule_L137F17L140T27_CaseRhs = {
		1'b0,
		AXI4NonBufferedSlaveModule_L114F9L161T10_AXI4NonBufferedSlaveModule_L132F13L145T14_AXI4NonBufferedSlaveModule_L137F22T43_Expr
	}
	;
	assign AXI4NonBufferedSlaveModule_L114F9L161T10_AXI4NonBufferedSlaveModule_L132F13L145T14_AXI4NonBufferedSlaveModule_L141F17L144T27_CaseLhs = {
		1'b0,
		State_writeAWFSM
	}
	;
	assign AXI4NonBufferedSlaveModule_L114F9L161T10_AXI4NonBufferedSlaveModule_L132F13L145T14_AXI4NonBufferedSlaveModule_L141F17L144T27_CaseRhs = {
		1'b0,
		AXI4NonBufferedSlaveModule_L114F9L161T10_AXI4NonBufferedSlaveModule_L132F13L145T14_AXI4NonBufferedSlaveModule_L141F22T42_Expr
	}
	;
	assign AXI4NonBufferedSlaveModule_L114F9L161T10_AXI4NonBufferedSlaveModule_L147F13L160T14_AXI4NonBufferedSlaveModule_L149F17L151T27_CaseLhs = {
		1'b0,
		State_writeWFSM
	}
	;
	assign AXI4NonBufferedSlaveModule_L114F9L161T10_AXI4NonBufferedSlaveModule_L147F13L160T14_AXI4NonBufferedSlaveModule_L149F17L151T27_CaseRhs = {
		1'b0,
		AXI4NonBufferedSlaveModule_L114F9L161T10_AXI4NonBufferedSlaveModule_L147F13L160T14_AXI4NonBufferedSlaveModule_L149F22T44_Expr
	}
	;
	assign AXI4NonBufferedSlaveModule_L114F9L161T10_AXI4NonBufferedSlaveModule_L147F13L160T14_AXI4NonBufferedSlaveModule_L152F17L155T27_CaseLhs = {
		1'b0,
		State_writeWFSM
	}
	;
	assign AXI4NonBufferedSlaveModule_L114F9L161T10_AXI4NonBufferedSlaveModule_L147F13L160T14_AXI4NonBufferedSlaveModule_L152F17L155T27_CaseRhs = {
		1'b0,
		AXI4NonBufferedSlaveModule_L114F9L161T10_AXI4NonBufferedSlaveModule_L147F13L160T14_AXI4NonBufferedSlaveModule_L152F22T43_Expr
	}
	;
	assign AXI4NonBufferedSlaveModule_L114F9L161T10_AXI4NonBufferedSlaveModule_L147F13L160T14_AXI4NonBufferedSlaveModule_L156F17L159T27_CaseLhs = {
		1'b0,
		State_writeWFSM
	}
	;
	assign AXI4NonBufferedSlaveModule_L114F9L161T10_AXI4NonBufferedSlaveModule_L147F13L160T14_AXI4NonBufferedSlaveModule_L156F17L159T27_CaseRhs = {
		1'b0,
		AXI4NonBufferedSlaveModule_L114F9L161T10_AXI4NonBufferedSlaveModule_L147F13L160T14_AXI4NonBufferedSlaveModule_L156F22T42_Expr
	}
	;
	assign AXI4NonBufferedSlaveModule_L99F45T82_ExprLhs = {
		1'b0,
		State_readFSM
	}
	;
	assign AXI4NonBufferedSlaveModule_L99F45T82_ExprRhs = {
		1'b0,
		AXI4NonBufferedSlaveModule_L99F62T82_Expr
	}
	;
	assign AXI4NonBufferedSlaveModule_L99F86T126_ExprLhs = {
		1'b0,
		NextState_readFSM
	}
	;
	assign AXI4NonBufferedSlaveModule_L99F86T126_ExprRhs = {
		1'b0,
		AXI4NonBufferedSlaveModule_L99F107T126_Expr
	}
	;
	assign AXI4NonBufferedSlaveModule_L104F45T86_ExprLhs = {
		1'b0,
		State_writeAWFSM
	}
	;
	assign AXI4NonBufferedSlaveModule_L104F45T86_ExprRhs = {
		1'b0,
		AXI4NonBufferedSlaveModule_L104F65T86_Expr
	}
	;
	assign AXI4NonBufferedSlaveModule_L104F90T134_ExprLhs = {
		1'b0,
		NextState_writeAWFSM
	}
	;
	assign AXI4NonBufferedSlaveModule_L104F90T134_ExprRhs = {
		1'b0,
		AXI4NonBufferedSlaveModule_L104F114T134_Expr
	}
	;
	assign AXI4NonBufferedSlaveModule_L108F44T84_ExprLhs = {
		1'b0,
		State_writeWFSM
	}
	;
	assign AXI4NonBufferedSlaveModule_L108F44T84_ExprRhs = {
		1'b0,
		AXI4NonBufferedSlaveModule_L108F63T84_Expr
	}
	;
	assign AXI4NonBufferedSlaveModule_L108F88T131_ExprLhs = {
		1'b0,
		NextState_writeWFSM
	}
	;
	assign AXI4NonBufferedSlaveModule_L108F88T131_ExprRhs = {
		1'b0,
		AXI4NonBufferedSlaveModule_L108F111T131_Expr
	}
	;
	assign AXI4NonBufferedSlaveModule_L86F33T90_Expr_1 = AXI4NonBufferedSlaveModule_L86F33T70_Expr;
	assign AXI4NonBufferedSlaveModule_L86F33T90_Expr_2 = Inputs_inARREADY;
	assign AXI4NonBufferedSlaveModule_L90F33T94_Expr_1 = AXI4NonBufferedSlaveModule_L90F33T74_Expr;
	assign AXI4NonBufferedSlaveModule_L90F33T94_Expr_2 = Inputs_inAWREADY;
	assign AXI4NonBufferedSlaveModule_L92F32T134_Expr_1 = AXI4NonBufferedSlaveModule_L92F32T115_Expr;
	assign AXI4NonBufferedSlaveModule_L92F32T134_Expr_2 = Inputs_inBVALID;
	assign AXI4NonBufferedSlaveModule_L92F32T115_Expr_1 = AXI4NonBufferedSlaveModule_L92F32T72_Expr;
	assign AXI4NonBufferedSlaveModule_L92F32T115_Expr_2 = AXI4NonBufferedSlaveModule_L92F76T115_Expr;
	assign AXI4NonBufferedSlaveModule_L87F32T87_Expr_1 = AXI4NonBufferedSlaveModule_L87F32T68_Expr;
	assign AXI4NonBufferedSlaveModule_L87F32T87_Expr_2 = Inputs_inRVALID;
	assign AXI4NonBufferedSlaveModule_L91F32T91_Expr_1 = AXI4NonBufferedSlaveModule_L91F32T72_Expr;
	assign AXI4NonBufferedSlaveModule_L91F32T91_Expr_2 = Inputs_inWREADY;
	assign AXI4NonBufferedSlaveModule_L83F34T73_Expr_1 = internalRVALID;
	assign AXI4NonBufferedSlaveModule_L83F34T73_Expr_2 = Inputs_M2S_R_R_RREADY;
	assign AXI4NonBufferedSlaveModule_L84F35T74_Expr_1 = internalBVALID;
	assign AXI4NonBufferedSlaveModule_L84F35T74_Expr_2 = Inputs_M2S_W_B_BREADY;
	assign AXI4NonBufferedSlaveModule_L114F9L161T10_AXI4NonBufferedSlaveModule_L117F13L130T14_AXI4NonBufferedSlaveModule_L123F25T67_Expr_1 = internalARREADY;
	assign AXI4NonBufferedSlaveModule_L114F9L161T10_AXI4NonBufferedSlaveModule_L117F13L130T14_AXI4NonBufferedSlaveModule_L123F25T67_Expr_2 = Inputs_M2S_R_AR_ARVALID;
	assign AXI4NonBufferedSlaveModule_L114F9L161T10_AXI4NonBufferedSlaveModule_L132F13L145T14_AXI4NonBufferedSlaveModule_L138F25T67_Expr_1 = internalAWREADY;
	assign AXI4NonBufferedSlaveModule_L114F9L161T10_AXI4NonBufferedSlaveModule_L132F13L145T14_AXI4NonBufferedSlaveModule_L138F25T67_Expr_2 = Inputs_M2S_W_AW_AWVALID;
	assign AXI4NonBufferedSlaveModule_L114F9L161T10_AXI4NonBufferedSlaveModule_L147F13L160T14_AXI4NonBufferedSlaveModule_L153F25T64_Expr_1 = internalWREADY;
	assign AXI4NonBufferedSlaveModule_L114F9L161T10_AXI4NonBufferedSlaveModule_L147F13L160T14_AXI4NonBufferedSlaveModule_L153F25T64_Expr_2 = Inputs_M2S_W_W_WVALID;
	assign AXI4NonBufferedSlaveModule_L99F45T126_Expr_1 = AXI4NonBufferedSlaveModule_L99F45T82_Expr;
	assign AXI4NonBufferedSlaveModule_L99F45T126_Expr_2 = AXI4NonBufferedSlaveModule_L99F86T126_Expr;
	assign AXI4NonBufferedSlaveModule_L104F45T134_Expr_1 = AXI4NonBufferedSlaveModule_L104F45T86_Expr;
	assign AXI4NonBufferedSlaveModule_L104F45T134_Expr_2 = AXI4NonBufferedSlaveModule_L104F90T134_Expr;
	assign AXI4NonBufferedSlaveModule_L108F44T131_Expr_1 = AXI4NonBufferedSlaveModule_L108F44T84_Expr;
	assign AXI4NonBufferedSlaveModule_L108F44T131_Expr_2 = AXI4NonBufferedSlaveModule_L108F88T131_Expr;
	assign Inputs_inARREADY = inARREADY;
	assign Inputs_inAWREADY = inAWREADY;
	assign Inputs_inBVALID = inBVALID;
	assign Inputs_inRDATA[0] = inRDATA0;
	assign Inputs_inRDATA[1] = inRDATA1;
	assign Inputs_inRDATA[2] = inRDATA2;
	assign Inputs_inRDATA[3] = inRDATA3;
	assign Inputs_inRVALID = inRVALID;
	assign Inputs_inWREADY = inWREADY;
	assign Inputs_M2S_W_B_BREADY = M2S[221];
	assign Inputs_M2S_W_W_WVALID = M2S[220];
	assign Inputs_M2S_W_W_WUSER = M2S[219:212];
	assign Inputs_M2S_W_W_WLAST = M2S[211];
	assign Inputs_M2S_W_W_WSTRB = M2S[210:207];
	assign Inputs_M2S_W_W_WDATA[3] = M2S[206:199];
	assign Inputs_M2S_W_W_WDATA[2] = M2S[198:191];
	assign Inputs_M2S_W_W_WDATA[1] = M2S[190:183];
	assign Inputs_M2S_W_W_WDATA[0] = M2S[182:175];
	assign Inputs_M2S_W_W_WID = M2S[174:167];
	assign Inputs_M2S_W_AW_AWVALID = M2S[166];
	assign Inputs_M2S_W_AW_AWUSER = M2S[165:158];
	assign Inputs_M2S_W_AW_AWREGION = M2S[157:150];
	assign Inputs_M2S_W_AW_AWQOS = M2S[149:146];
	assign Inputs_M2S_W_AW_AWPROT = M2S[145:143];
	assign Inputs_M2S_W_AW_AWCACHE = M2S[142:139];
	assign Inputs_M2S_W_AW_AWLOCK = M2S[138:137];
	assign Inputs_M2S_W_AW_AWBURST = M2S[136:135];
	assign Inputs_M2S_W_AW_AWSIZE = M2S[134:132];
	assign Inputs_M2S_W_AW_AWLEN = M2S[131:124];
	assign Inputs_M2S_W_AW_AWADDR = M2S[123:92];
	assign Inputs_M2S_W_AW_AWID = M2S[91:84];
	assign Inputs_M2S_R_R_RREADY = M2S[83];
	assign Inputs_M2S_R_AR_ARVALID = M2S[82];
	assign Inputs_M2S_R_AR_ARUSER = M2S[81:74];
	assign Inputs_M2S_R_AR_ARREGION = M2S[73:66];
	assign Inputs_M2S_R_AR_ARQOS = M2S[65:62];
	assign Inputs_M2S_R_AR_ARPROT = M2S[61:59];
	assign Inputs_M2S_R_AR_ARCACHE = M2S[58:55];
	assign Inputs_M2S_R_AR_ARLOCK = M2S[54:53];
	assign Inputs_M2S_R_AR_ARBURST = M2S[52:51];
	assign Inputs_M2S_R_AR_ARSIZE = M2S[50:48];
	assign Inputs_M2S_R_AR_ARLEN = M2S[47:40];
	assign Inputs_M2S_R_AR_ARADDR = M2S[39:8];
	assign Inputs_M2S_R_AR_ARID = M2S[7:0];
	assign internalARREADY = AXI4NonBufferedSlaveModule_L86F33T90_Expr;
	assign internalAWREADY = AXI4NonBufferedSlaveModule_L90F33T94_Expr;
	assign internalBVALID = AXI4NonBufferedSlaveModule_L92F32T134_Expr;
	assign internalRVALID = AXI4NonBufferedSlaveModule_L87F32T87_Expr;
	assign internalWREADY = AXI4NonBufferedSlaveModule_L91F32T91_Expr;
	assign readTXCompleting = AXI4NonBufferedSlaveModule_L83F34T73_Expr;
	assign writeTXCompleting = AXI4NonBufferedSlaveModule_L84F35T74_Expr;
	assign outARADDR = Inputs_M2S_R_AR_ARADDR;
	assign outARREADYConfirming = AXI4NonBufferedSlaveModule_L99F45T126_Expr;
	assign outARVALID = Inputs_M2S_R_AR_ARVALID;
	assign outAWADDR = Inputs_M2S_W_AW_AWADDR;
	assign outAWREADYConfirming = AXI4NonBufferedSlaveModule_L104F45T134_Expr;
	assign outAWVALID = Inputs_M2S_W_AW_AWVALID;
	assign outReadTXCompleting = readTXCompleting;
	assign outWDATA0 = Inputs_M2S_W_W_WDATA[0];
	assign outWDATA1 = Inputs_M2S_W_W_WDATA[1];
	assign outWDATA2 = Inputs_M2S_W_W_WDATA[2];
	assign outWDATA3 = Inputs_M2S_W_W_WDATA[3];
	assign outWREADYConfirming = AXI4NonBufferedSlaveModule_L108F44T131_Expr;
	assign outWriteTXCompleting = writeTXCompleting;
	assign outWSTRB = Inputs_M2S_W_W_WSTRB;
	assign outWVALID = Inputs_M2S_W_W_WVALID;
	assign S2M[73] = internalWREADY;
	assign S2M[72] = internalBVALID;
	assign S2M[71:64] = Inputs_M2S_W_W_WUSER;
	assign S2M[63:62] = AXI4NonBufferedSlaveModule_L75F29T41_Expr;
	assign S2M[61:54] = Inputs_M2S_W_W_WID;
	assign S2M[53] = internalAWREADY;
	assign S2M[52] = internalRVALID;
	assign S2M[51:44] = Inputs_M2S_R_AR_ARUSER;
	assign S2M[43] = AXI4_S_R_L26F29T33_Expr;
	assign S2M[42:41] = AXI4NonBufferedSlaveModule_L59F29T41_Expr;
	assign S2M[40:33] = Inputs_inRDATA[3];
	assign S2M[32:25] = Inputs_inRDATA[2];
	assign S2M[24:17] = Inputs_inRDATA[1];
	assign S2M[16:9] = Inputs_inRDATA[0];
	assign S2M[8:1] = Inputs_M2S_R_AR_ARID;
	assign S2M[0] = internalARREADY;
	// [BEGIN USER ARCHITECTURE]
	// [END USER ARCHITECTURE]
endmodule